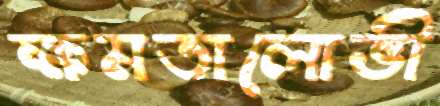
ক্ষমতালোভী